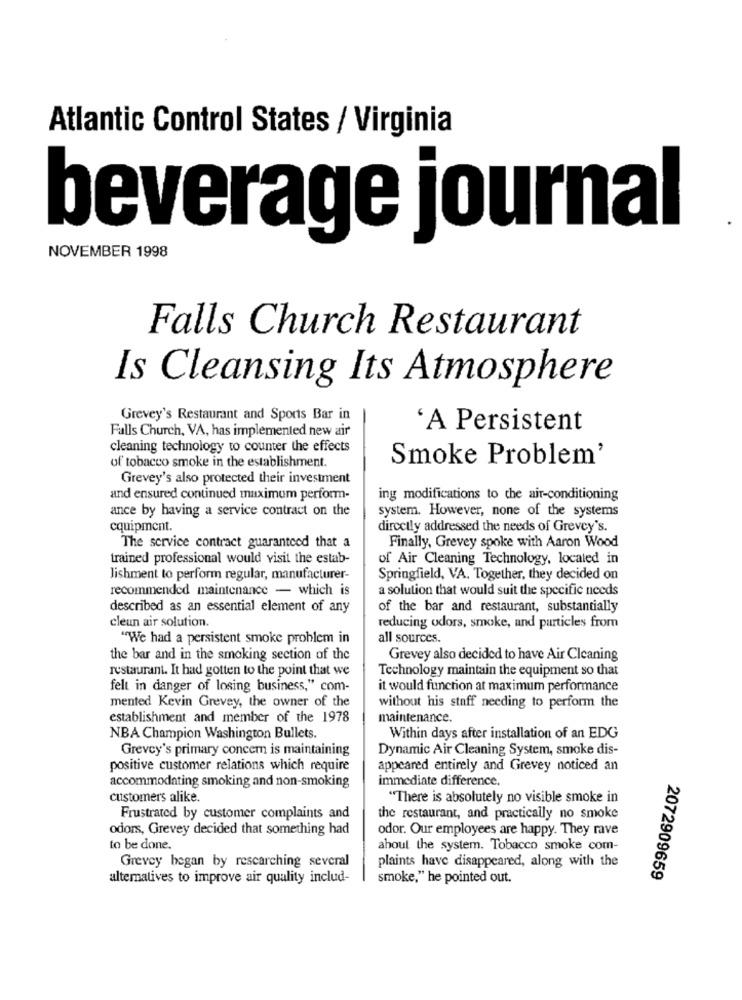
Atlantic Control States / Virginia
beverage journal
NOVEMBER 1998
Falls Church Restaurant
Is Cleansing Its Atmosphere
Grevey's Restaurant and Sports Bar in
Falls Church, VA, has implemented new air
'A Persistent
cleaning technology to counter the effects
of tobacco smoke in the establishment.
Smoke Problem'
Grevey's also protected their investment
and ensured continued maximum perform-
ing modifications to the air-conditioning
ance by having a service contract on the
system. However, none of the systems
equipment.
directly addressed the needs of Grevey's.
The service contract guarantcod that a
Finally, Grevey spoke with Aaron Wood
trained professional would visit the estab-
of Air Cleaning Technology, located in
lishment to perform regular, manufacturer-
Springfield, VA. Together, they decided on
recommended maintenance - which is
a solution that would suit the specific needs
described as an essential element of any
of the bar and restaurant, substantially
cleun air solution.
reducing odors, smoke, and particles from
"We had a persistent smoke problem in
all sources.
the bar and in the smoking section of the
Grevey also decided to have Air Cleaning
restaurant. It had gotten to the point that we
Technology maintain the equipment so that
felt in danger of losing business," com-
it would function at maximum performance
mented Kevin Grevey, the owner of the
without his staff needing to perform the
establishment and member of the 1978
maintenance.
NBA Champion Washington Bullets.
Within days after installation of an EDG
Grevey's primary concem is maintaining
Dynamic Air Cleaning System, smoke dis-
positive customer relations which require
appeared entirely and Grevey noticed an
accommodating smoking and non-smoking
immediate difference,
customers alike.
"There is absolutely no visible smoke in
Frustrated by customer complaints and
the restaurant, and practically no smoke
odors, Grevey decided that something had
odor. Our employees are happy. They rave
to be done.
about the system. Tobacco smoke com-
Grevey began by researching several
plaints have disappeared, along with the
alternatives to improve air quality includ-
smoke," he pointed out.
2072909659